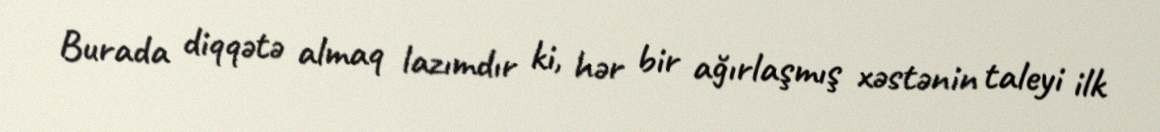
Burada diqqətə almaq lazımdır ki, hər bir ağırlaşmış xəstənin taleyi ilk